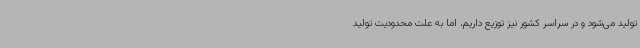
تولید می‌شود و در سراسر کشور نیز توزیع داریم، اما به علت محدودیت تولید